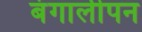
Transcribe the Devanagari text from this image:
बंगालीपन